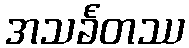
အသင်္ခတဿ